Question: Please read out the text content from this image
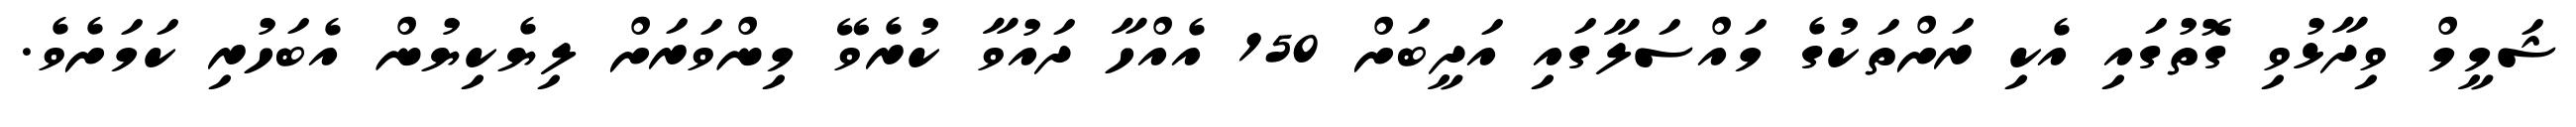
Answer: ޝަމީމް ވިދާޅުވި ގޮތުގައި އެކި ރަށްތަކުގެ މައްސަލާގައި އަދީބަށް 150 އެއްހާ ދައުވާ ކުރެވޭ މިންވަރަށް ލިޔެކިޔުން އެބަހުރި ކަމަށެވެ.